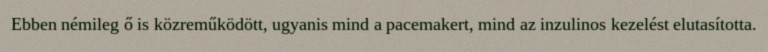
Ebben némileg ő is közreműködött, ugyanis mind a pacemakert, mind az inzulinos kezelést elutasította.